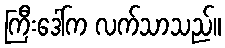
ကြီးဒေါ်က လက်သာသည်။